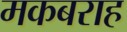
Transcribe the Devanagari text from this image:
मकबराह